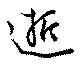
逝